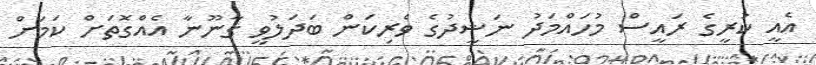
އެއީ ކުރީގެ ރައީސް މުހައްމަދު ނަޝީދުގެ ވެރިކަން ބަދަލުވީ ގާނޫނާ އެއްގޮތަށް ކަމަށް